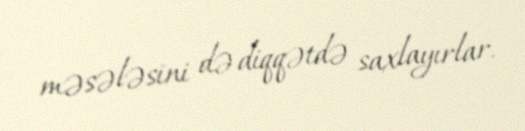
məsələsini də diqqətdə saxlayırlar.